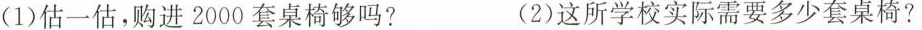
(1)估一估，购进2000套桌椅够吗? (2)这所学校实际需要多少套桌椅?